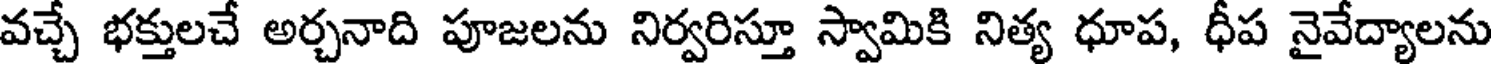
వచ్చే భక్తులచే అర్చనాది పూజలను నిర్వరిస్తూ స్వామికి నిత్య ధూప, ధీప నైవేద్యాలను